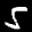
Label: 5